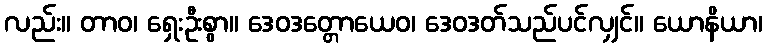
လည်း။ တာဝ၊ ရှေးဦးစွာ။ ဒေဝဒတ္တောယေဝ၊ ဒေဝဒတ်သည်ပင်လျှင်။ ယောနိယာ၊